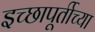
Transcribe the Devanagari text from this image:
इच्छापूर्तीच्या